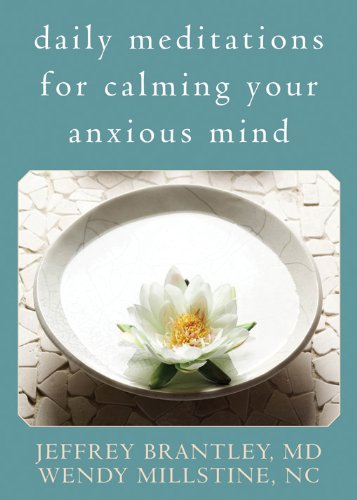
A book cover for Daily Meditations for Calming Your Anxious Mind; Jeffrey Brantley MD; Self-Help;